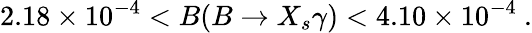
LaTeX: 2.18\times 10^{-4}<B(B\to X_{s}\gamma)<4.10\times 10^{-4}\ .